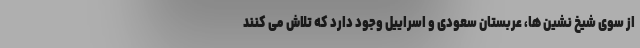
از سوی شیخ نشین ها، عربستان سعودی و اسراییل وجود دارد که تلاش می کنند